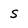
Character: s